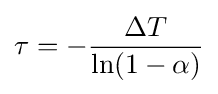
\tau =-{\frac {\Delta T}{\ln(1-\alpha )}}